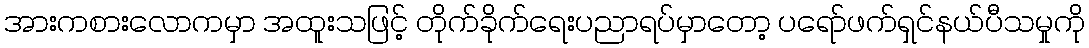
အားကစားလောကမှာ အထူးသဖြင့် တိုက်ခိုက်ရေးပညာရပ်မှာတော့ ပရော်ဖက်ရှင်နယ်ပီသမှုကို